65_HS1-834228961_62-HQ-83894_Section_9
Agency: FBI
Page 195
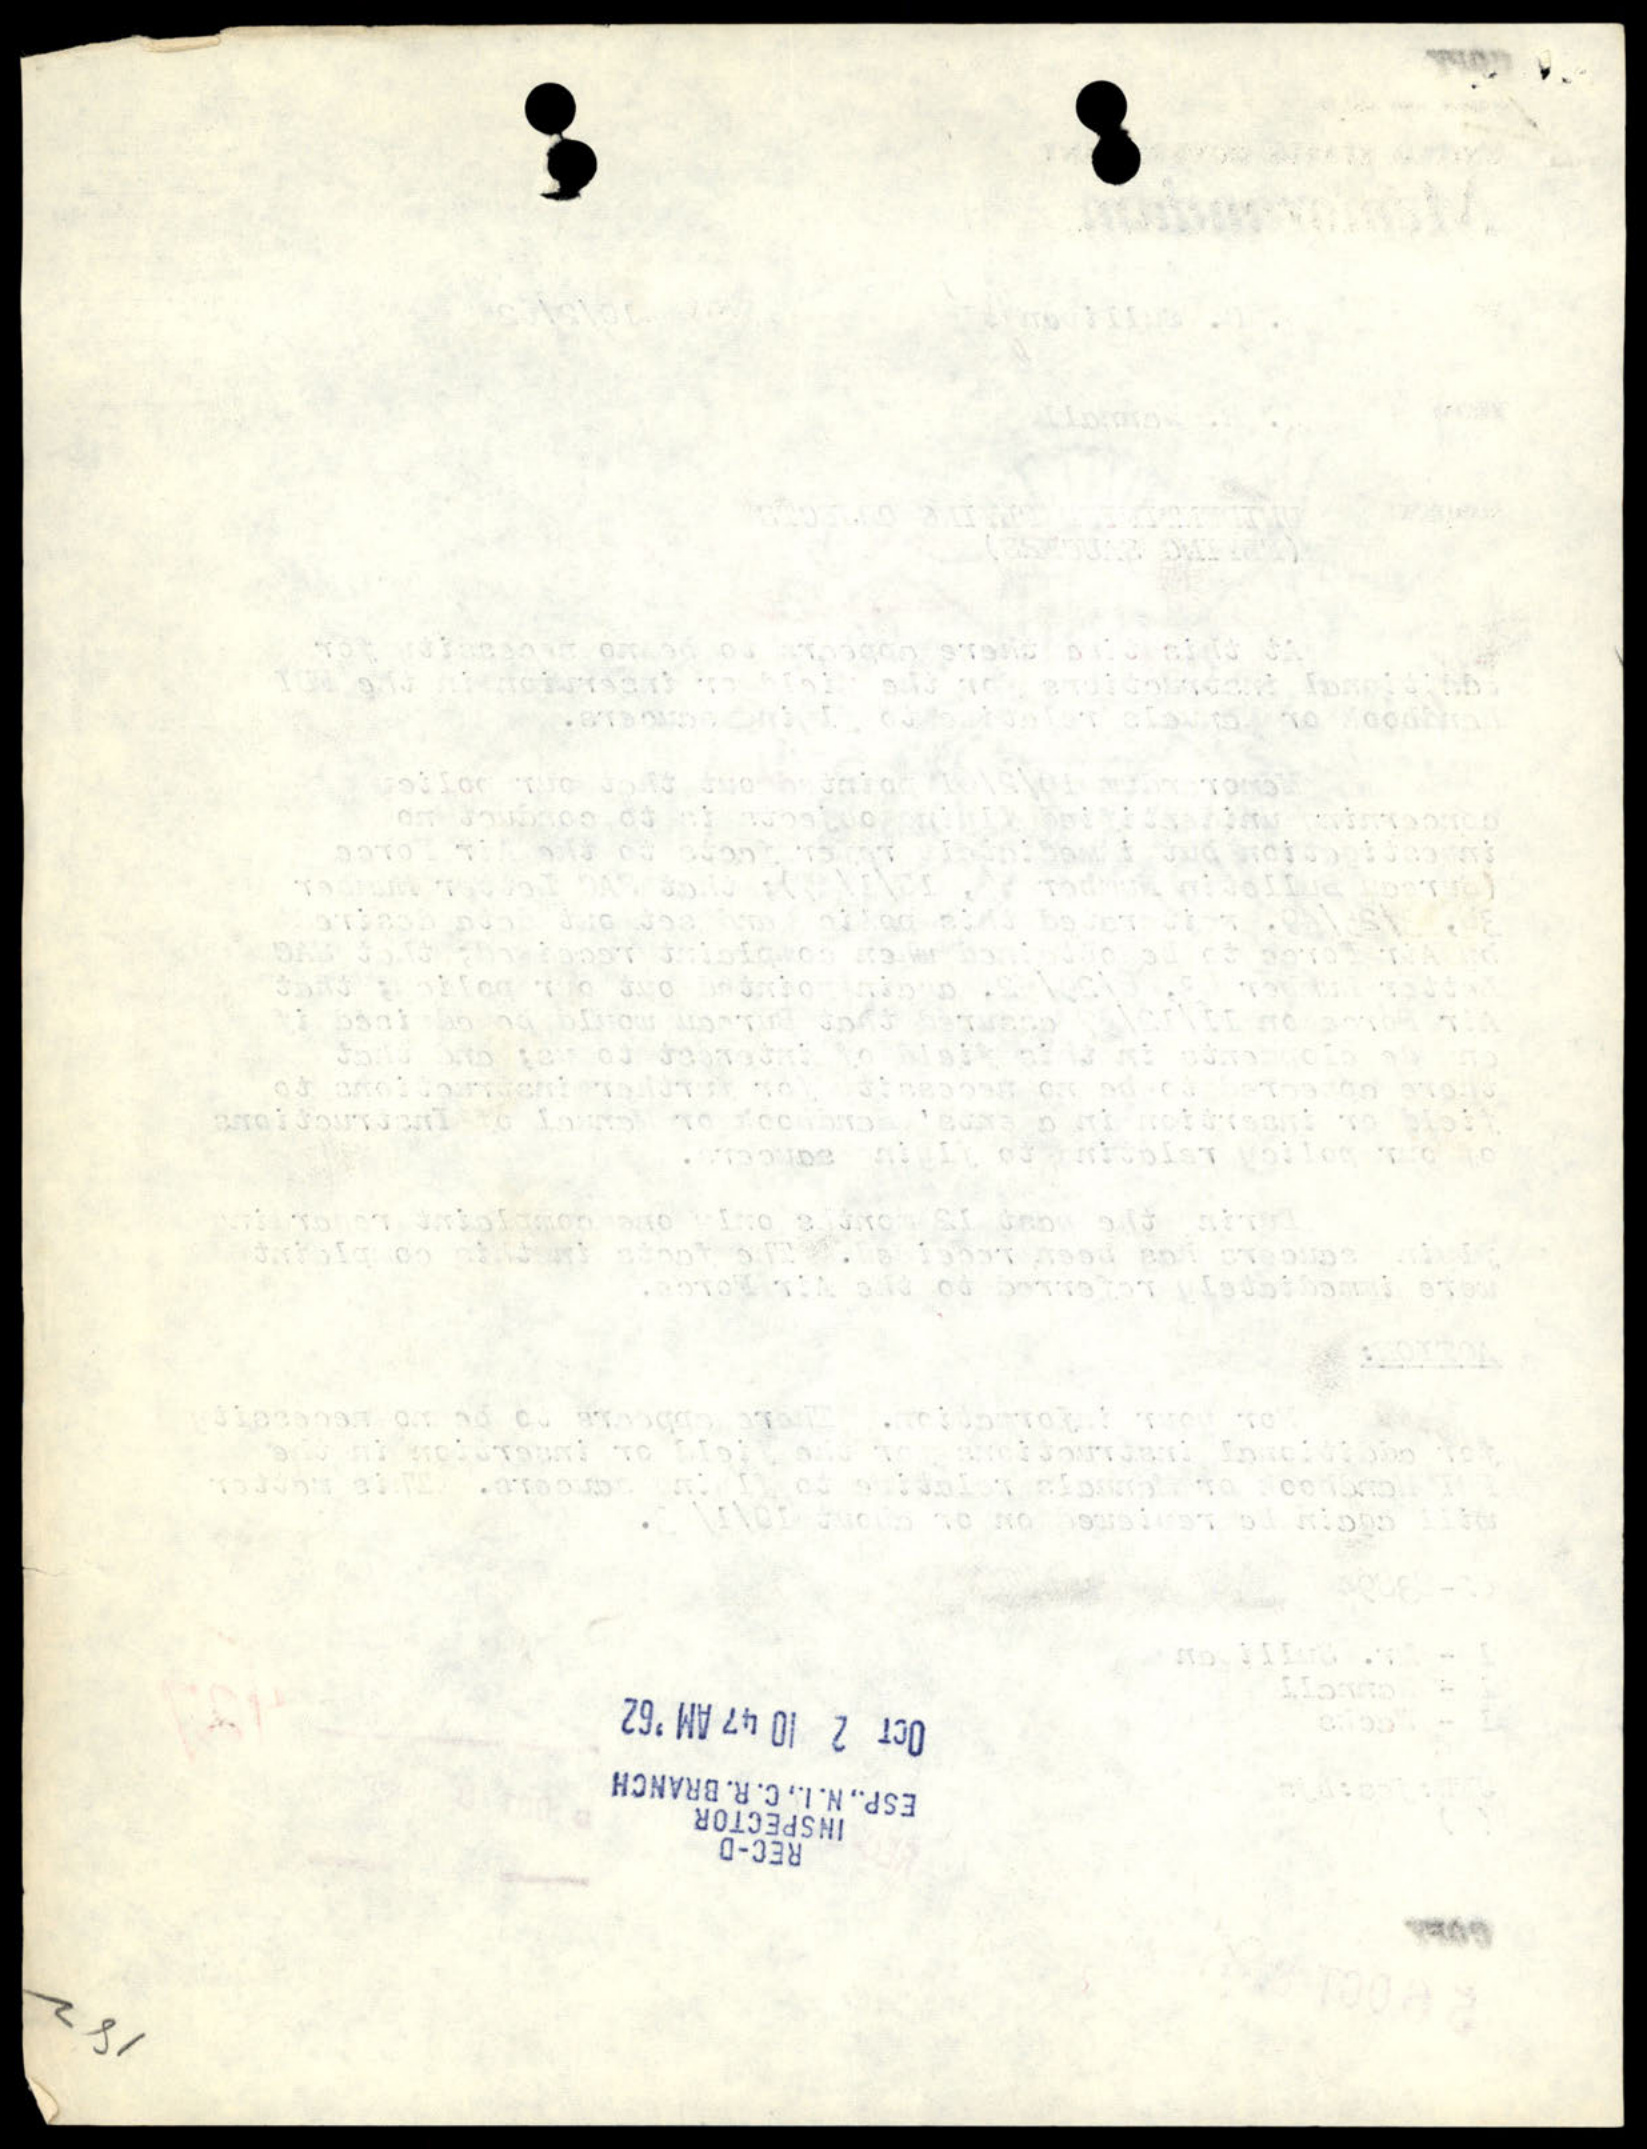